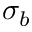
\sigma _ { b }